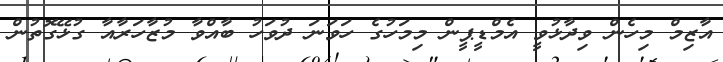
އާޒިމް މިހެން ވިދާޅުވީ އެމްޑީޕީން މިމަހުގެ ހަވަނަ ދުވަހު ބާއްވާ މުޒާހަރާއާ ގުޅޭގޮތުން